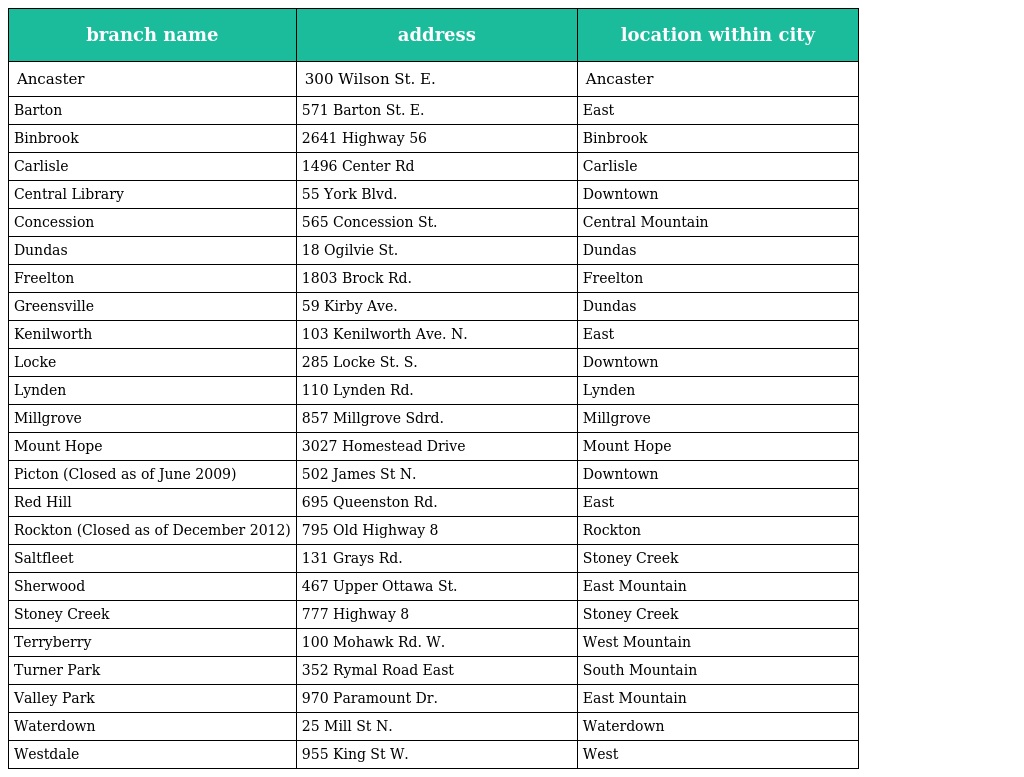
| branch name | address | location within city |
 | --- | --- | --- |
 | Ancaster | 300 Wilson St. E. | Ancaster |
 | Barton | 571 Barton St. E. | East |
 | Binbrook | 2641 Highway 56 | Binbrook |
 | Carlisle | 1496 Center Rd | Carlisle |
 | Central Library | 55 York Blvd. | Downtown |
 | Concession | 565 Concession St. | Central Mountain |
 | Dundas | 18 Ogilvie St. | Dundas |
 | Freelton | 1803 Brock Rd. | Freelton |
 | Greensville | 59 Kirby Ave. | Dundas |
 | Kenilworth | 103 Kenilworth Ave. N. | East |
 | Locke | 285 Locke St. S. | Downtown |
 | Lynden | 110 Lynden Rd. | Lynden |
 | Millgrove | 857 Millgrove Sdrd. | Millgrove |
 | Mount Hope | 3027 Homestead Drive | Mount Hope |
 | Picton (Closed as of June 2009) | 502 James St N. | Downtown |
 | Red Hill | 695 Queenston Rd. | East |
 | Rockton (Closed as of December 2012) | 795 Old Highway 8 | Rockton |
 | Saltfleet | 131 Grays Rd. | Stoney Creek |
 | Sherwood | 467 Upper Ottawa St. | East Mountain |
 | Stoney Creek | 777 Highway 8 | Stoney Creek |
 | Terryberry | 100 Mohawk Rd. W. | West Mountain |
 | Turner Park | 352 Rymal Road East | South Mountain |
 | Valley Park | 970 Paramount Dr. | East Mountain |
 | Waterdown | 25 Mill St N. | Waterdown |
 | Westdale | 955 King St W. | West |